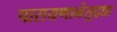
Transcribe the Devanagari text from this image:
पारायणानेसुद्धा